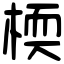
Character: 㮕